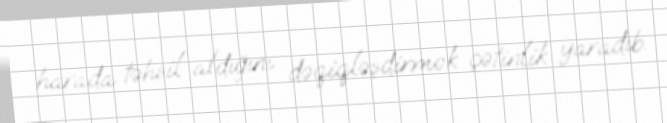
harada təhsil aldığını dəqiqləşdirmək çətinlik yaradıb.